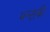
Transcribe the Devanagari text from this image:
भन्टाकी